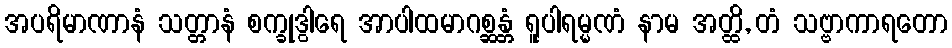
အပရိမာဏာနံ သတ္တာနံ စက္ခုဒွါရေ အာပါထမာဂစ္ဆန္တံ ရူပါရမ္မဏံ နာမ အတ္ထိ, တံ သဗ္ဗာကာရတော